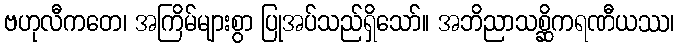
ဗဟုလီကတေ၊ အကြိမ်များစွာ ပြုအပ်သည်ရှိသော်။ အဘိညာသစ္ဆိကရဏီယဿ၊